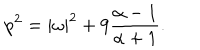
p ^ { 2 } = | \omega | ^ { 2 } + 9 { \frac { \alpha - 1 } { \alpha + 1 } } .